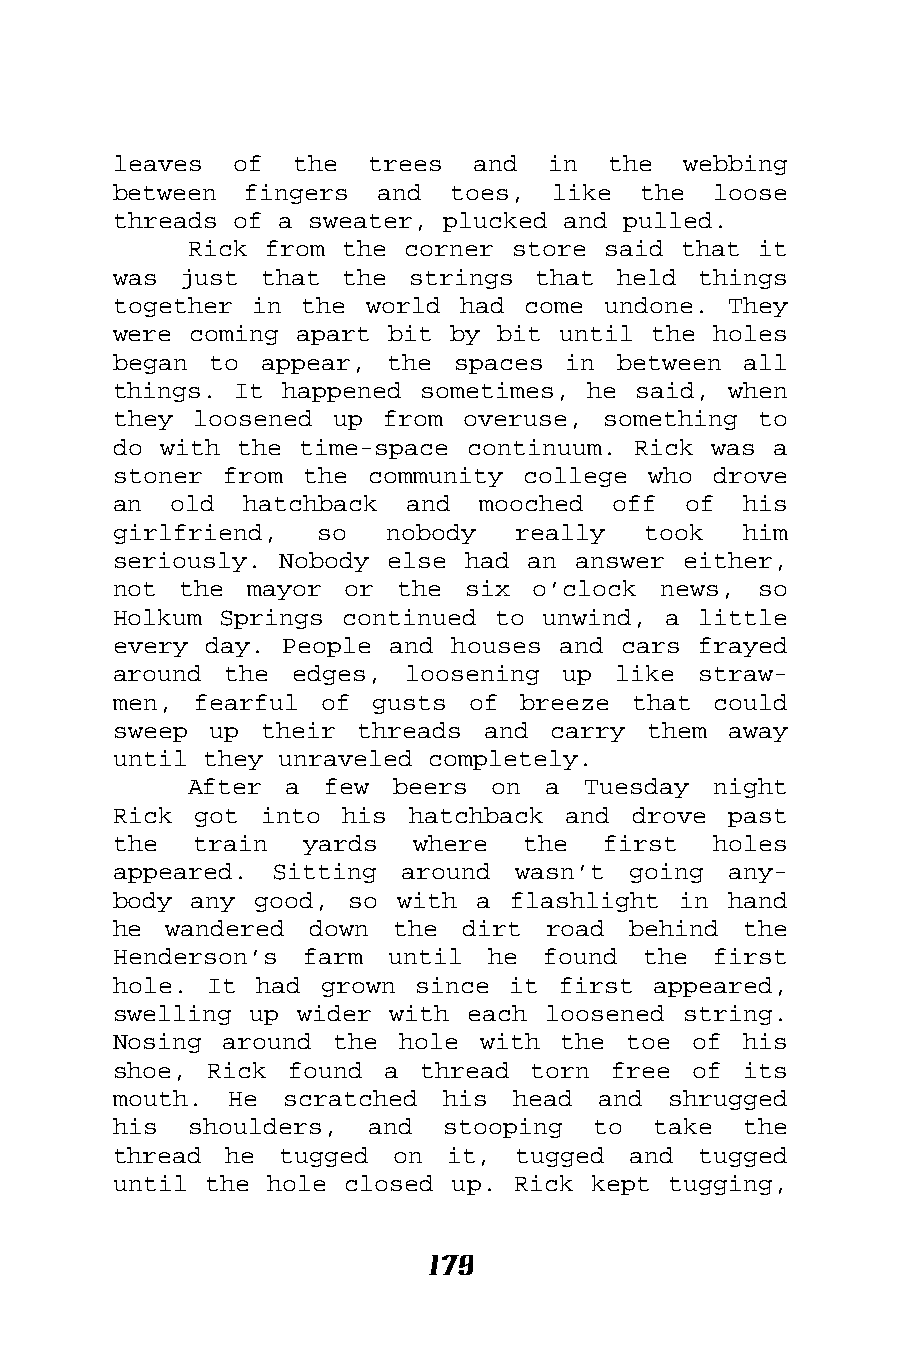
leaves  of  the  trees  and  in  the  webbing
 between  fingers and  toes,  like  the  loose
 threads of a sweater, plucked and pulled.
 Rick from the corner store said that  it
 was just  that the strings  that held  things
 together in the  world had come undone.  They
 were coming apart bit by bit until the  holes
 began to  appear, the spaces  in between  all
 things. It happened sometimes, he said,  when
 they loosened up  from overuse, something  to
 do with the time-space continuum. Rick was  a
 stoner from the  community college who  drove
 an  old  hatchback and  mooched  off  of  his
 girlfriend,  so   nobody  really   took   him
 seriously. Nobody else had an answer  either,
 not the  mayor or  the six  o’clock news,  so
 Holkum Springs continued to unwind, a  little
 every day. People and houses and cars  frayed
 around the  edges, loosening  up like  straw-
 men, fearful  of gusts of  breeze that  could
 sweep up  their threads and  carry them  away
 until they unraveled completely.
 After a  few beers  on  a Tuesday  night
 Rick got  into his hatchback  and drove  past
 the  train  yards   where  the  first   holes
 appeared. Sitting  around wasn’t  going  any-
 body any good,  so with a flashlight in  hand
 he wandered  down the  dirt  road behind  the
 Henderson’s farm  until  he found  the  first
 hole. It had  grown since it first  appeared,
 swelling up wider with each loosened  string.
 Nosing around  the hole with  the toe of  his
 shoe, Rick  found a thread  torn free of  its
 mouth. He  scratched  his head  and  shrugged
 his  shoulders,  and  stooping  to  take  the
 thread he  tugged on  it,  tugged and  tugged
 until the hole closed up. Rick kept  tugging,
 179